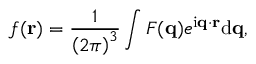
f ( \mathbf { r } ) = { \frac { 1 } { \left( 2 \pi \right) ^ { 3 } } } \int F ( \mathbf { q } ) e ^ { \mathrm { i } \mathbf { q } \cdot \mathbf { r } } \mathrm { d } \mathbf { q } ,